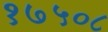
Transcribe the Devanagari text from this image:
१७५०८